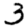
Digit: 3